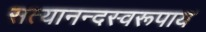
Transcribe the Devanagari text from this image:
सत्यानन्दस्वरूपाय